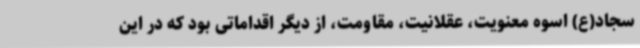
سجاد(ع) اسوه معنویت، عقلانیت، مقاومت، از دیگر اقداماتی بود که در این